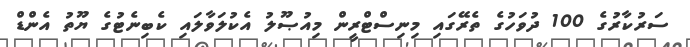
ސަރުކާރުގެ 100 ދުވަހުގެ ތެރޭގައި މިނިސްޓްރީން މިއުޞޫލު އެކުލަވާލައި ކެބިނެޓުގެ ޔޫތު އެންޑް